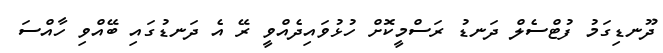
ދޫނޑިގަމު ފުޓްސެލް ދަނޑު ރަސްމީކޮށް ހުޅުވައިދެއްވީ ރޭ އެ ދަނޑުގައި ބޭއްވި ހާއްސަ